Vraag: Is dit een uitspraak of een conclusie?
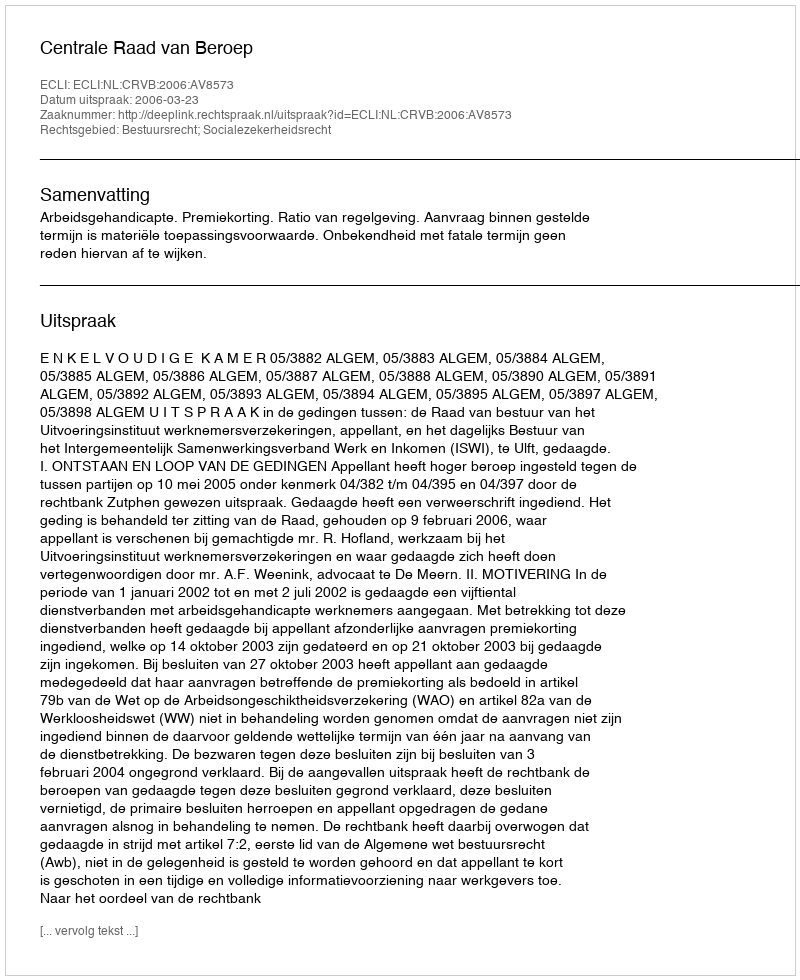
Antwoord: Uitspraak